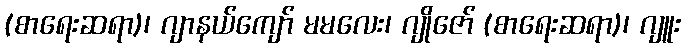
(စာရေးဆရာ)၊ ဂျာနယ်ကျော် မမလေး၊ ဂျိုဇော် (စာရေးဆရာ)၊ ဂျူး